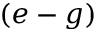
( e - g )